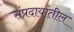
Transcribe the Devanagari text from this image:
संप्रदायांतील